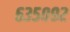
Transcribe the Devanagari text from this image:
६३५०९२